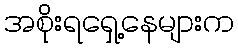
အစိုးရရှေ့နေများက